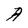
Character: a